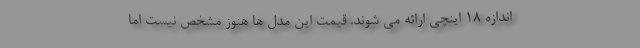
اندازه 18 اینچی ارائه می شوند. قیمت این مدل ها هنوز مشخص نیست اما